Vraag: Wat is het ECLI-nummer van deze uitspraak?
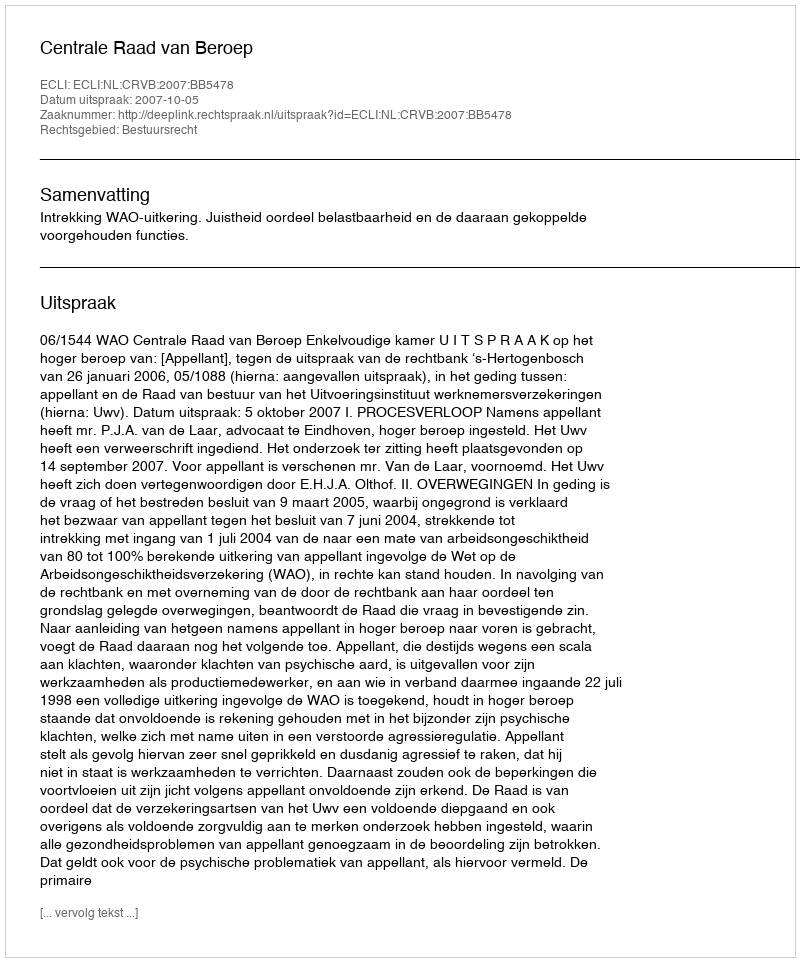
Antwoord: ECLI:NL:CRVB:2007:BB5478